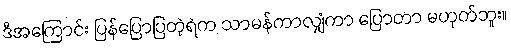
ဒီအကြောင်း ပြန်ပြောပြတဲ့ရဲက သာမန်ကာလျှံကာ ပြောတာ မဟုတ်ဘူး။